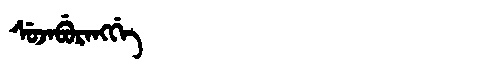
Manchu: ᠰᡠᠵᠠᠪᡠᡵᠠᠩᡤᡝ
Romanization: SUJABURANGGE